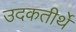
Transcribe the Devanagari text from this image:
उदकतीर्थे